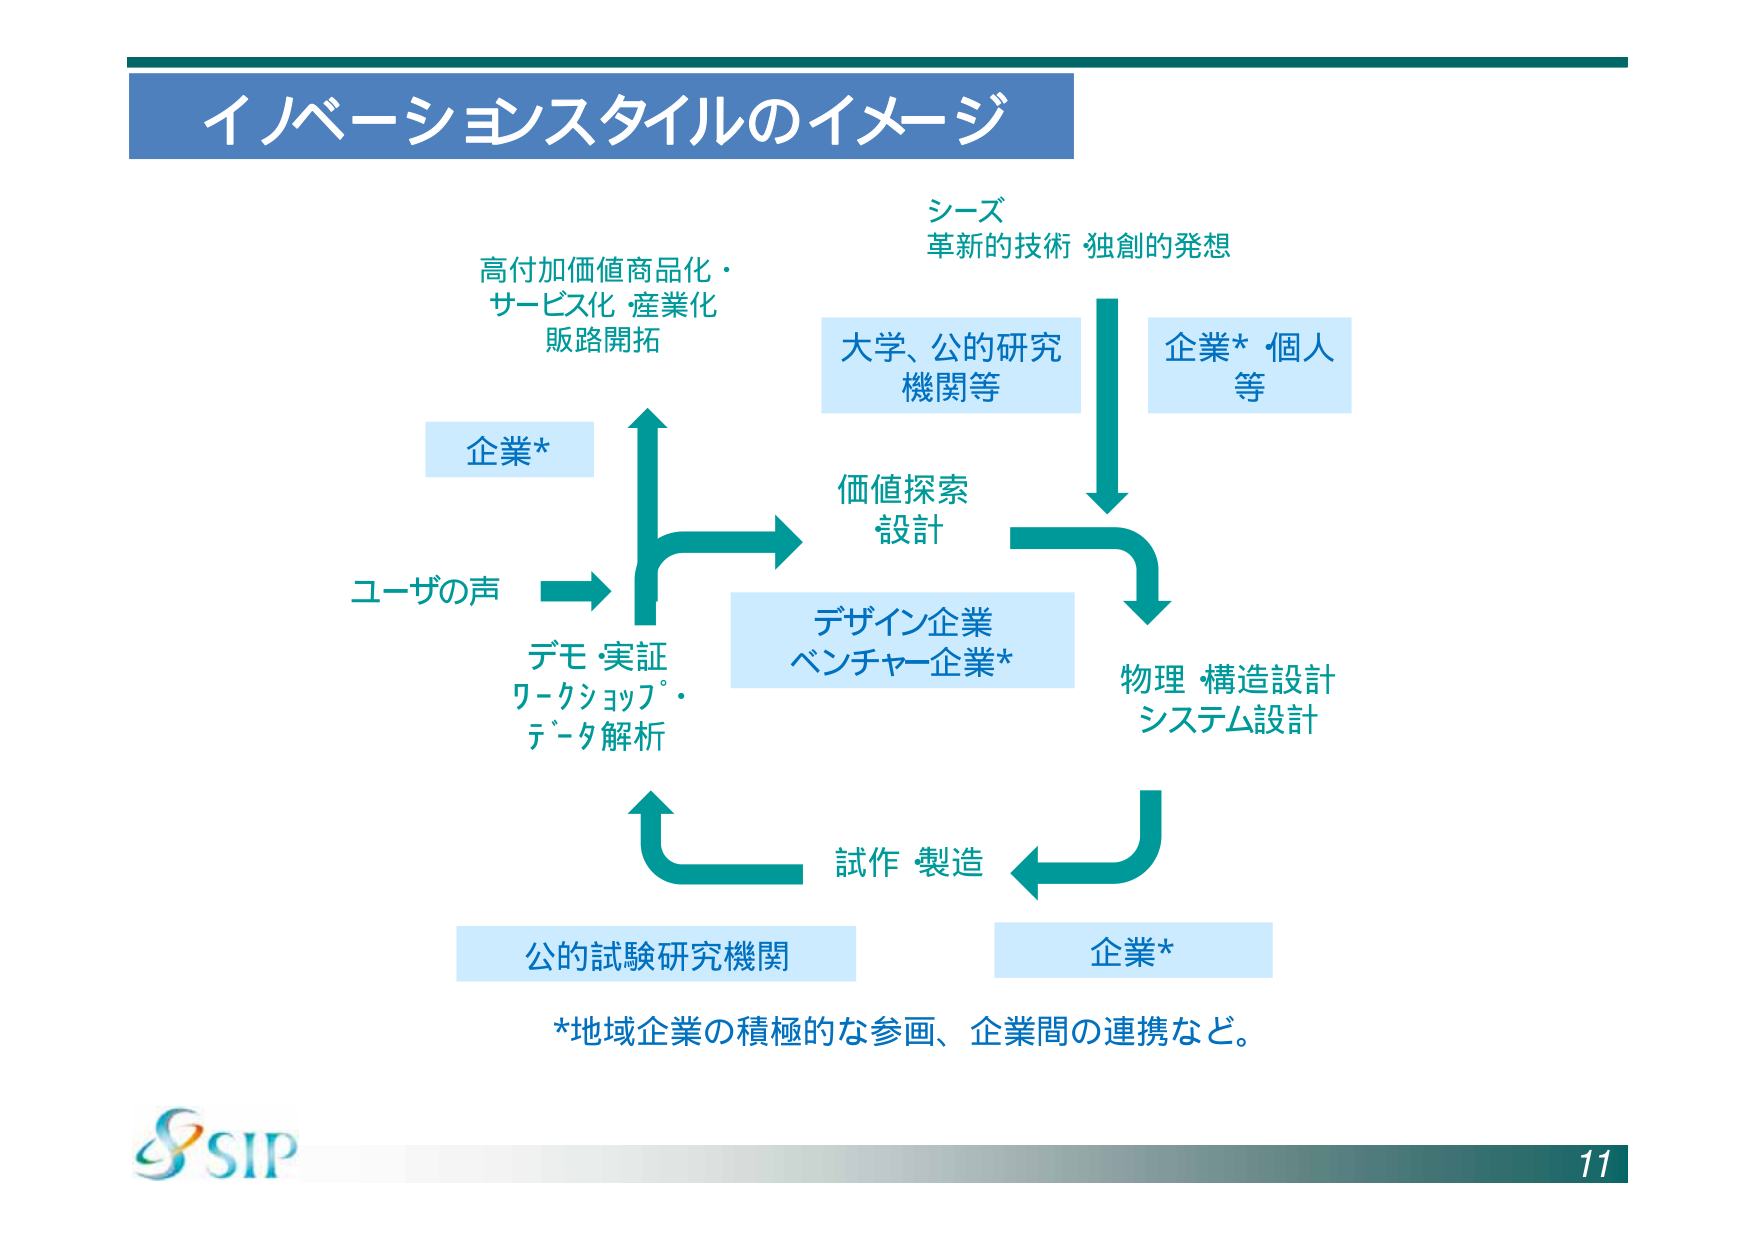
イノベーションスタイルのイメージ

シード
革新的技術 独創的発想

高付加価値商品化・
サービス化・産業化
販路開拓

大学、公的研究
機関等

企業* 個人
等

企業*

ユーザの声

価値探索
設計

デザイン企業
ベンチャー企業*

デモ・実証
ワークショップ・
データ解析

物理・構造設計
システム設計

試作・製造

公的試験研究機関

企業*

*地域企業の積極的な参画、企業間の連携など。

SIP

11